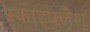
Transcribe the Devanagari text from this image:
स्काइफ्लैश